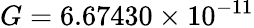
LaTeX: G=6.67430\times 10^{-11}